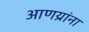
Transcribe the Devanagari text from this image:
आणय्रांना